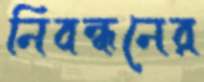
নিবন্ধনের